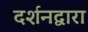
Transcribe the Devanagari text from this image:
दर्शनद्वारा